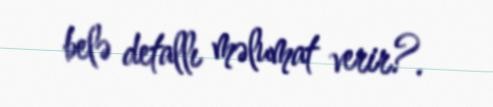
belə detallı məlumat verir?.